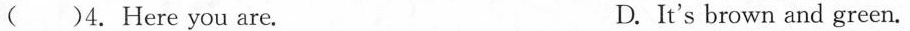
( )4.Here you are. D.It's brown and green.